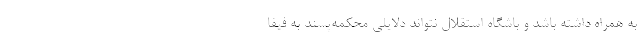
به همراه داشته باشد و باشگاه استقلال نتواند دلایلی محکمه‌پسند به فیفا